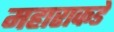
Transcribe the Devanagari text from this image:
महाराकडे